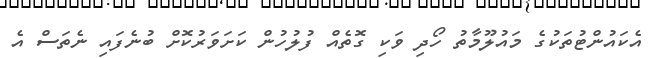
އެކައުންޓުތަކުގެ މައުލޫމާތު ހޯދި ވަކި ގޮތެއް ފުލުހުން ކަށަވަރުކޮށް ބުނެފައި ނެތަސް އެ